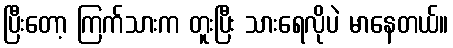
ပြီးတော့ ကြက်သားက တူးပြီး သားရေလိုပဲ မာနေတယ်။